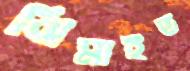
ঝিমাইত